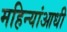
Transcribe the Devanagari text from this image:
महिन्यांआधी